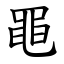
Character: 黽